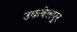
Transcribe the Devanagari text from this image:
उकबेलपुर